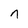
Character: n